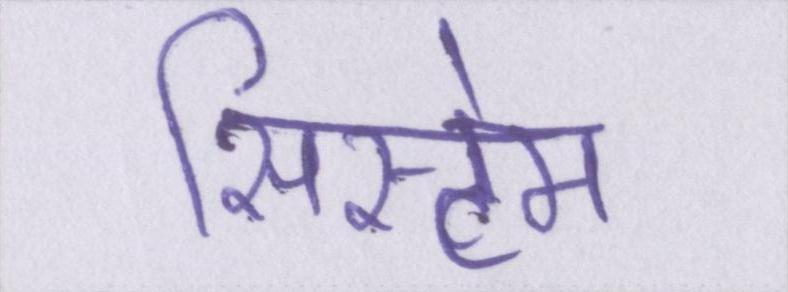
सिस्टेम